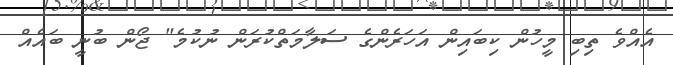
އެއްވެ ތިބި މީހުން ކިބައިން އަހަރެންގެ ސަލާމަތްކުރަން ނުކުމެ" ޖޯން ބުނީ ބައެއް